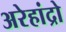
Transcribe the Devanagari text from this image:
अरेहांद्रो